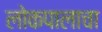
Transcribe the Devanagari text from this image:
लोकपालाचा